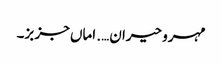
مہرو حیران…. اماں جز بز۔